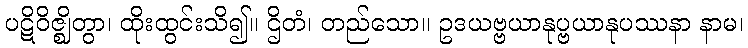
ပဋိဝိဇ္ဈိတွာ၊ ထိုးထွင်းသိ၍။ ဌိတံ၊ တည်သော။ ဥဒယဗ္ဗယာနုပ္ဗယာနုပဿနာ နာမ၊